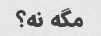
مگه نه؟